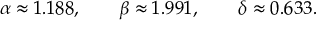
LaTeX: \alpha \approx 1 . 1 8 8 , \qquad \beta \approx 1 . 9 9 1 , \qquad \delta \approx 0 . 6 3 3 .